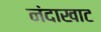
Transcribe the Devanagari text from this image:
नंदाखाट